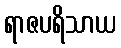
ရာဇပရိသာယ